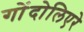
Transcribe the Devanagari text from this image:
गोंदोलिएरे